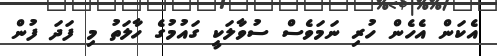
އެކަން އެހެން ހުރި ނަމަވެސް ސުވާލަކީ ގައުމުގެ ހާލަތު މި ފަދަ ފުން